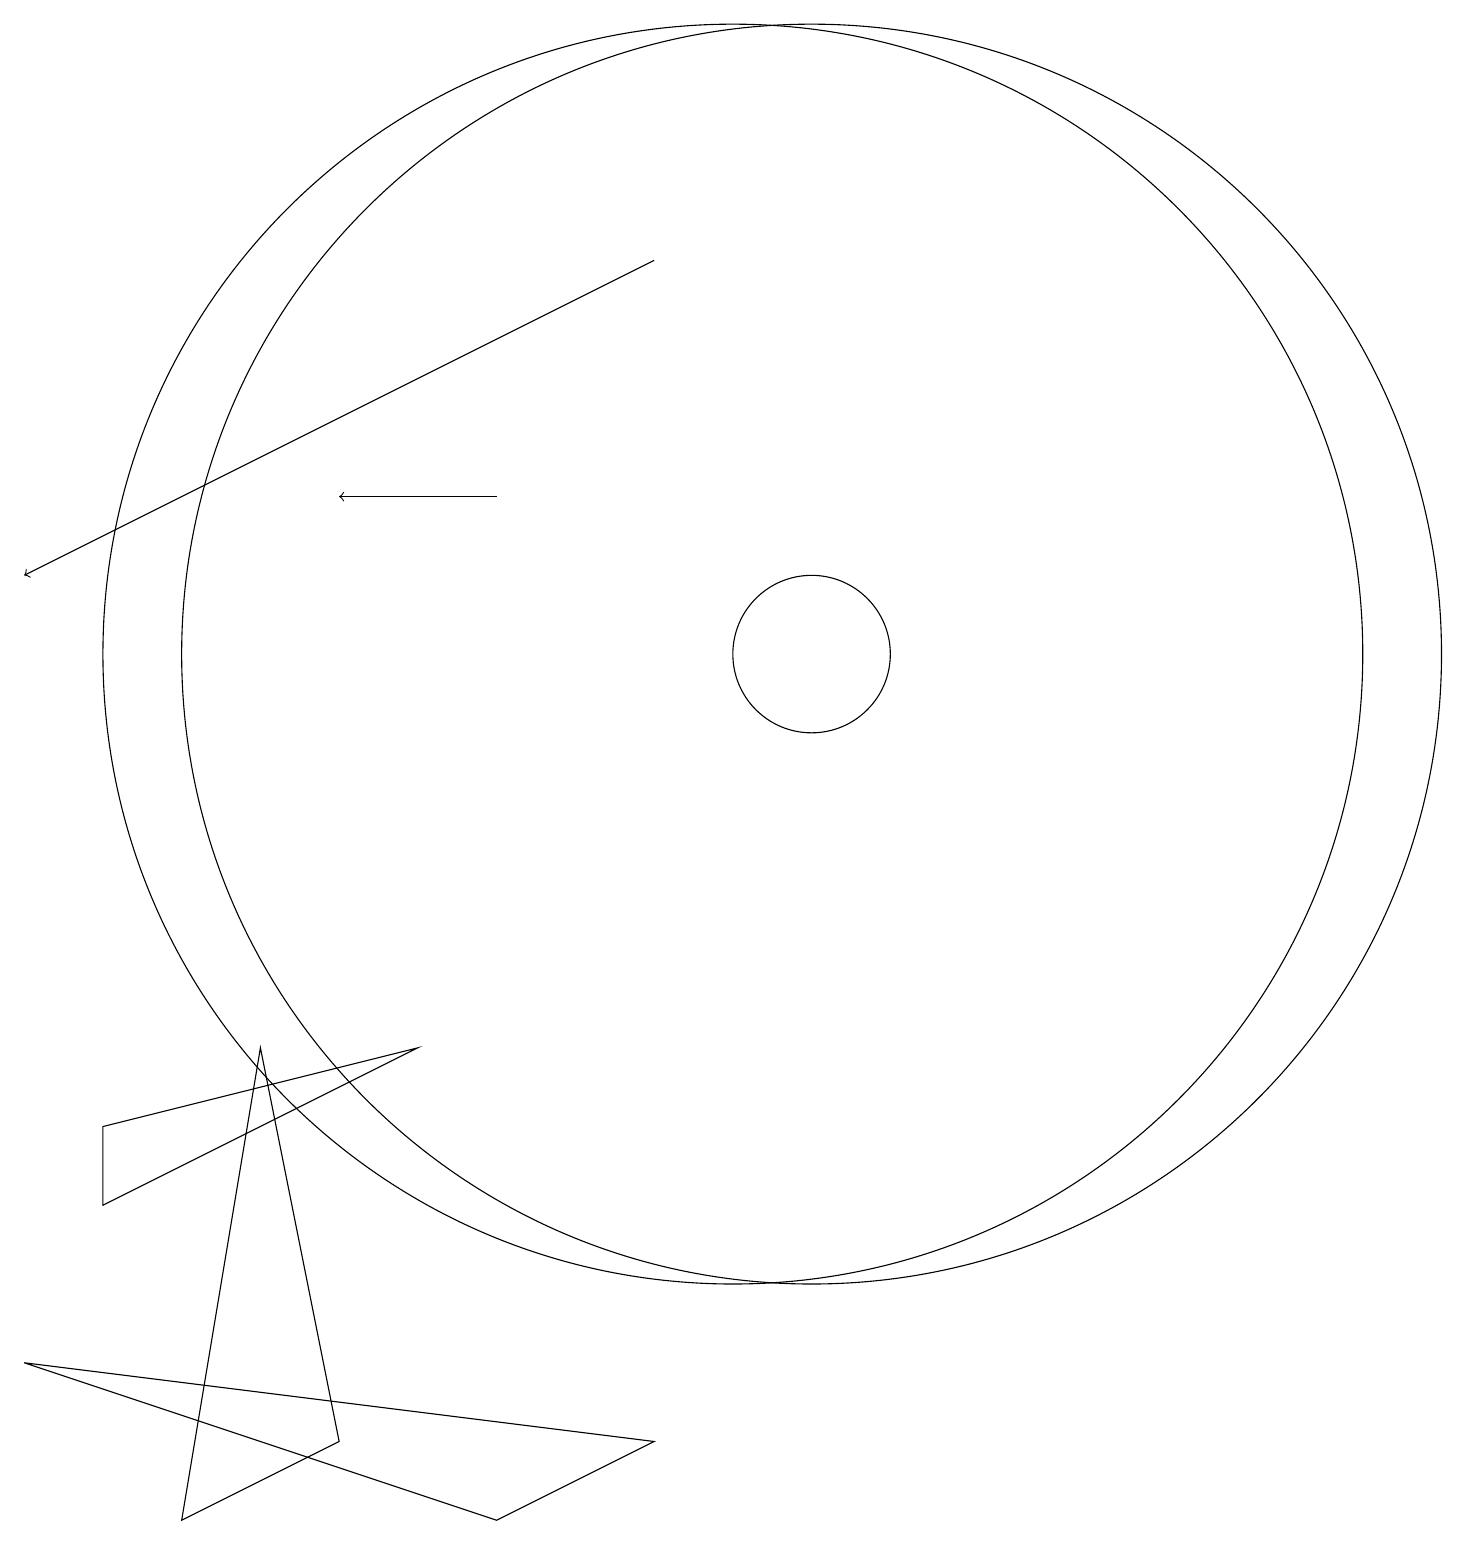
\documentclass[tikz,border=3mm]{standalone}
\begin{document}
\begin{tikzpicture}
\draw (10,11) circle (8);
\draw (11,11) circle (1);
\draw (1,2) -- (9,1) -- (7,0) -- cycle;
\draw (2,5) -- (2,4) -- (6,6) -- cycle;
\draw (11,11) circle (8);
\draw[->] (9,16) -- (1,12);
\draw[->] (7,13) -- (5,13);
\draw (3,0) -- (5,1) -- (4,6) -- cycle;
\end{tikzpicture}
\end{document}